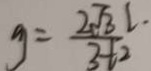
g = \frac { 2 \sqrt { 3 } l . } { 3 t ^ { 2 } }